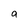
Character: a